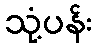
သုံ့ပန်း